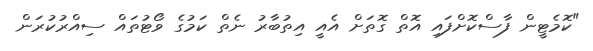
"ކޮމެޓީން ފާސްކޮށްފައި އޮތް ގޮތަށް އެއީ އިތުބާރު ނެތް ކަމުގެ ވޯޓުތައް ސިއްރުކުރަން